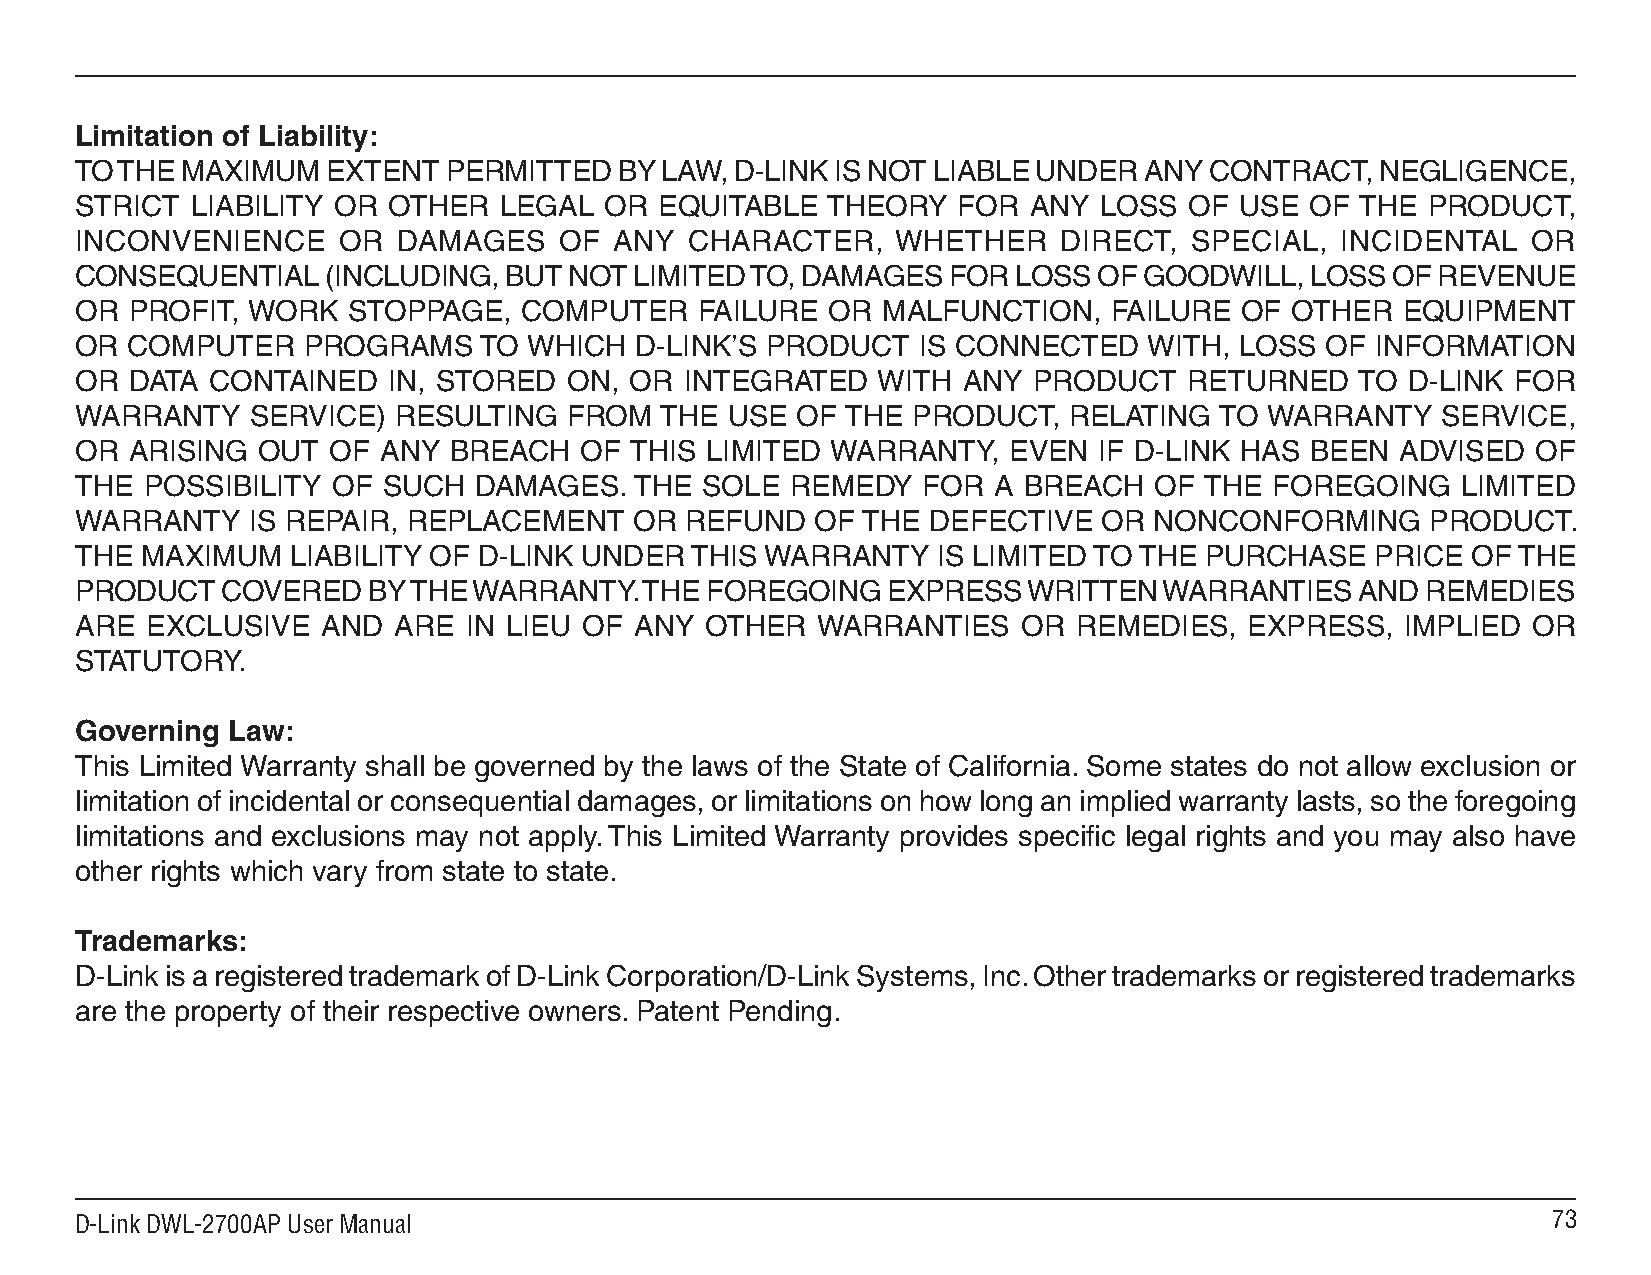
Limitation of Liability:
 TO THE MAXIMUM   EXTENT  PERMITTED  BY LAW, D-LINK IS NOT LIABLE UNDER ANY CONTRACT,  NEGLIGENCE,
 STRICT  LIABILITY OR OTHER  LEGAL  OR  EQUITABLE  THEORY  FOR  ANY  LOSS  OF USE  OF THE PRODUCT,
 INCONVENIENCE    OR  DAMAGES    OF  ANY  CHARACTER,   WHETHER    DIRECT,  SPECIAL,  INCIDENTAL  OR
 CONSEQUENTIAL    (INCLUDING, BUT NOT LIMITED TO, DAMAGES  FOR LOSS  OF GOODWILL,  LOSS OF REVENUE
 OR  PROFIT, WORK  STOPPAGE,  COMPUTER    FAILURE  OR MALFUNCTION,    FAILURE OF OTHER   EQUIPMENT
 OR COMPUTER    PROGRAMS    TO WHICH  D-LINK’S PRODUCT   IS CONNECTED   WITH, LOSS  OF INFORMATION
 OR  DATA CONTAINED   IN, STORED  ON, OR INTEGRATED   WITH  ANY PRODUCT    RETURNED   TO D-LINK FOR
 WARRANTY    SERVICE) RESULTING   FROM  THE USE  OF THE PRODUCT,   RELATING  TO WARRANTY   SERVICE,
 OR  ARISING OUT  OF ANY  BREACH  OF  THIS LIMITED WARRANTY,   EVEN  IF D-LINK HAS BEEN  ADVISED  OF
 THE POSSIBILITY  OF SUCH  DAMAGES.   THE SOLE  REMEDY   FOR  A BREACH  OF  THE FOREGOING    LIMITED
 WARRANTY   IS REPAIR, REPLACEMENT    OR REFUND   OF THE DEFECTIVE   OR NONCONFORMING      PRODUCT.
 THE MAXIMUM   LIABILITY OF D-LINK UNDER  THIS WARRANTY   IS LIMITED TO THE PURCHASE   PRICE OF THE
 PRODUCT   COVERED  BY THE WARRANTY.   THE FOREGOING   EXPRESS  WRITTEN  WARRANTIES   AND REMEDIES
 ARE  EXCLUSIVE  AND  ARE  IN LIEU OF ANY  OTHER  WARRANTIES    OR REMEDIES,   EXPRESS,  IMPLIED OR
 STATUTORY.
 Governing Law:
 This Limited Warranty shall be governed by the laws of the State of California. Some states do not allow exclusion or
 limitation of incidental or consequential damages, or limitations on how long an implied warranty lasts, so the foregoing
 limitations and exclusions may not apply. This Limited Warranty provides specific legal rights and you may also have
 other rights which vary from state to state.
 Trademarks:
 D-Link is a registered trademark of D-Link Corporation/D-Link Systems, Inc. Other trademarks or registered trademarks
 are the property of their respective owners. Patent Pending.
 D-Link DWL-2700AP User Manual                                                                     7